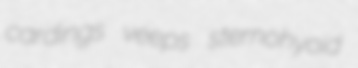
cardings veeps sternohyoid